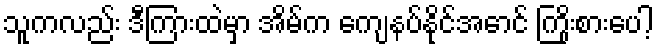
သူကလည်း ဒီကြားထဲမှာ အိမ်က ကျေနပ်နိုင်အောင် ကြိုးစားပေါ့